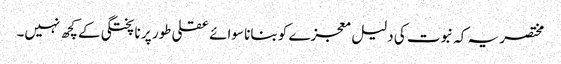
مختصر یہ کہ نبوت کی دلیل معجزے کو بنانا سوائے عقلی طور پر ناپختگی کے کچھ نہیں۔